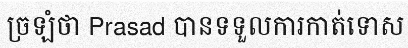
ច្រឡំថា Prasad បានទទួលការកាត់ទោស